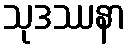
သုဒဿနာ